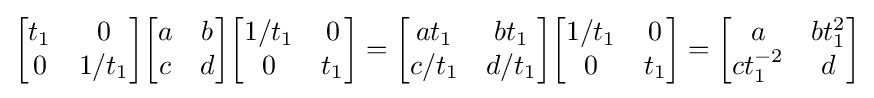
{\begin{bmatrix}t_{1}&0\\0&1/t_{1}\\\end{bmatrix}}{\begin{bmatrix}a&b\\c&d\\\end{bmatrix}}{\begin{bmatrix}1/t_{1}&0\\0&t_{1}\\\end{bmatrix}}={\begin{bmatrix}at_{1}&bt_{1}\\c/t_{1}&d/t_{1}\\\end{bmatrix}}{\begin{bmatrix}1/t_{1}&0\\0&t_{1}\\\end{bmatrix}}={\begin{bmatrix}a&bt_{1}^{2}\\ct_{1}^{-2}&d\\\end{bmatrix}}